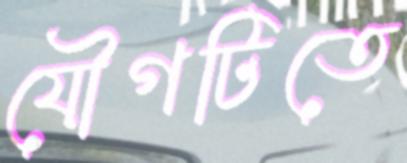
যৌগটিতে